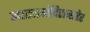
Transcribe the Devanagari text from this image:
नाट्यमंदिराबाहेर